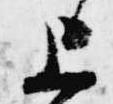
上